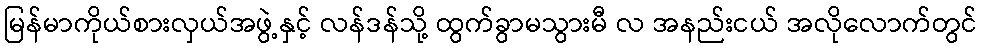
မြန်မာကိုယ်စားလှယ်အဖွဲ့နှင့် လန်ဒန်သို့ ထွက်ခွာမသွားမီ လ အနည်းငယ် အလိုလောက်တွင်